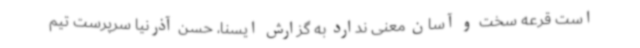
است قرعه سخت و آسان معنی ندارد به گزارش ایسنا، حسن آذرنیا سرپرست تیم